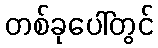
တစ်ခုပေါ်တွင်